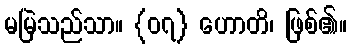
မမြဲသည်သာ။ {၀၇} ဟောတိ၊ ဖြစ်၏။